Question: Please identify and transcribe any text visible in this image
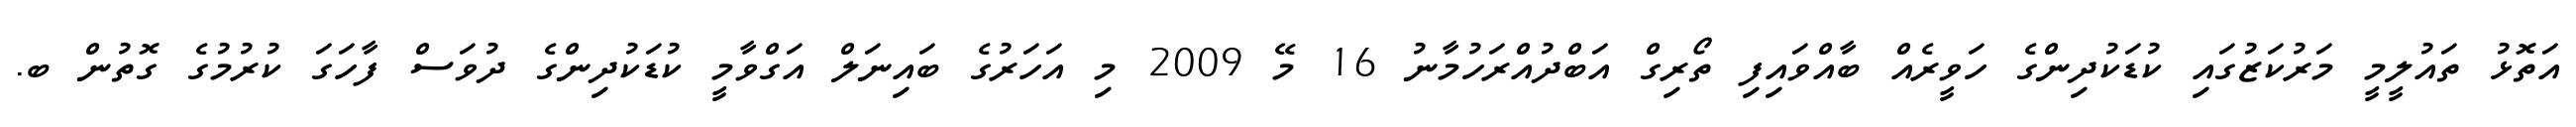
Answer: އަތޮޅު ތައުލީމީ މަރުކަޒުގައި ކުޑަކުދިންގެ ހަވީރެއް ބާއްވައިފި ތޯރިގް އަބްދުއްރަހުމާނު 16 މޭ 2009 މި އަހަރުގެ ބައިނަލް އަގްވާމީ ކުޑަކުދިންގެ ދުވަސް ފާހަގަ ކުރުމުގެ ގޮތުން ބ.